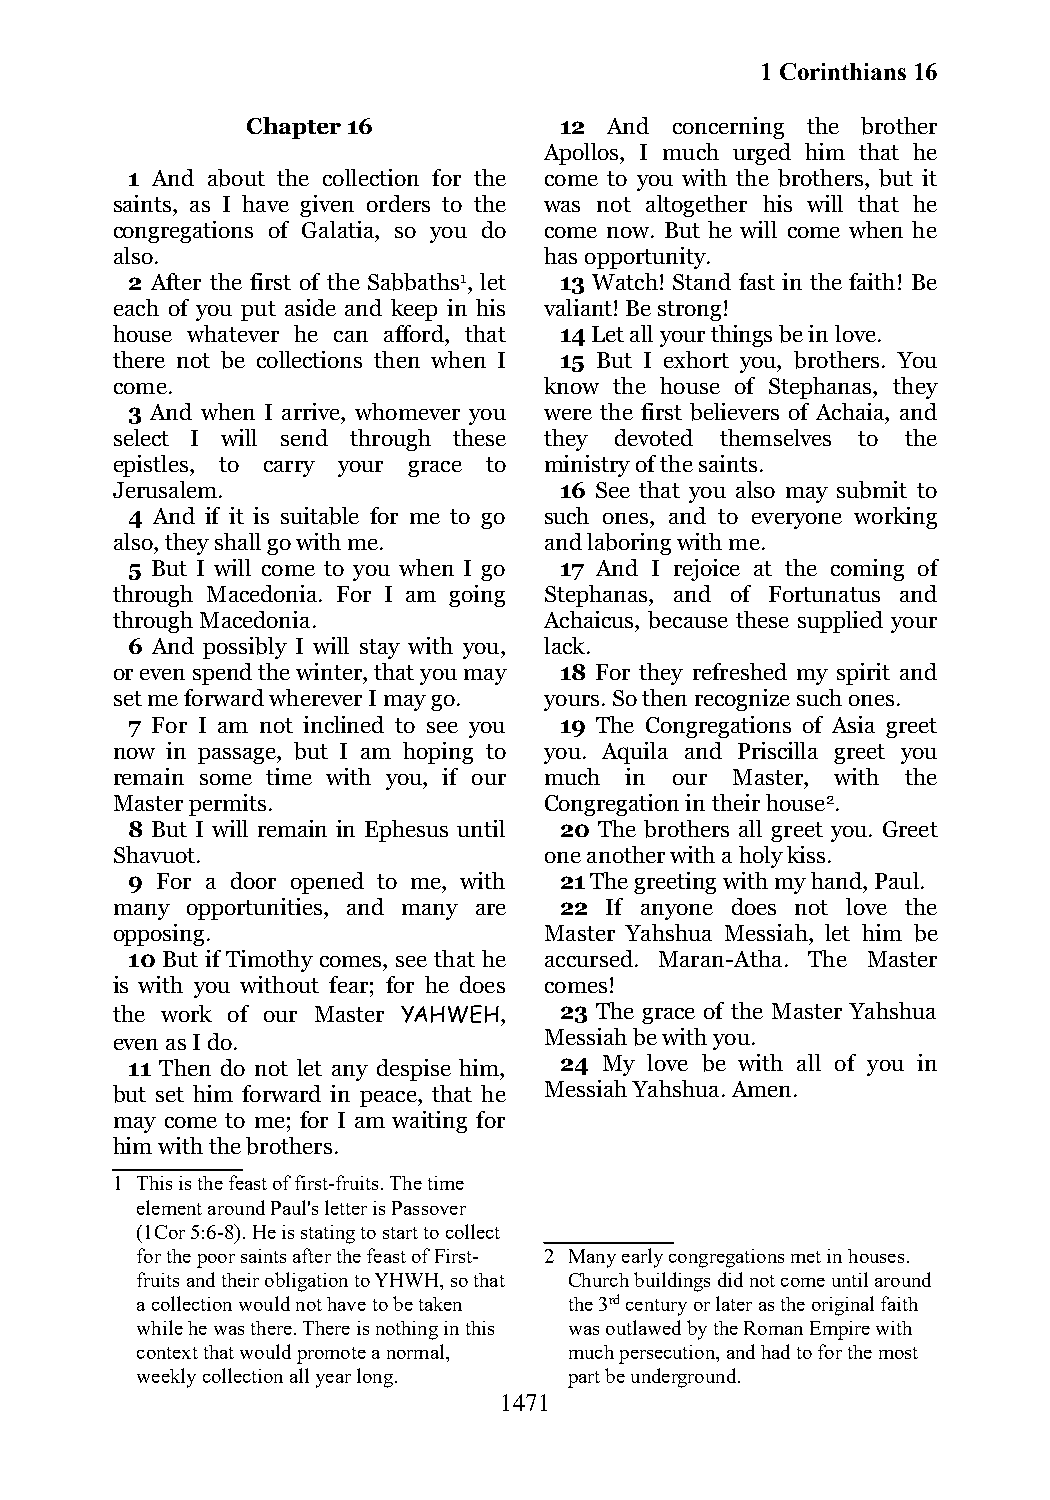
1 Corinthians 16
 Chapter 16           12 And concerning the brother
 Apollos, I much urged him that he
 1 And about the collection for the come to you with the brothers, but it
 saints, as I have given orders to the was not altogether his will that he
 congregations of Galatia, so you do come now. But he will come when he
 also.                        has opportunity.
 2 After the first of the Sabbaths1, let 13 Watch! Stand fast in the faith! Be
 each of you put aside and keep in his valiant! Be strong!
 house whatever he can afford, that 14 Let all your things be in love.
 there not be collections then when I 15 But I exhort you, brothers. You
 come.                        know the house of Stephanas, they
 3 And when I arrive, whomever you were the first believers of Achaia, and
 select I will send through these they devoted themselves to the
 epistles, to carry your grace to ministry of the saints.
 Jerusalem.                    16 See that you also may submit to
 4 And if it is suitable for me to go such ones, and to everyone working
 also, they shall go with me. and laboring with me.
 5 But I will come to you when I go 17 And I rejoice at the coming of
 through Macedonia. For I am going Stephanas, and of Fortunatus and
 through Macedonia.           Achaicus, because these supplied your
 6 And possibly I will stay with you, lack.
 or even spend the winter, that you may 18 For they refreshed my spirit and
 set me forward wherever I may go. yours. So then recognize such ones.
 7 For I am not inclined to see you 19 The Congregations of Asia greet
 now in passage, but I am hoping to you. Aquila and Priscilla greet you
 remain some time with you, if our much in our Master, with the
 Master permits.              Congregation in their house2.
 8 But I will remain in Ephesus until 20 The brothers all greet you. Greet
 Shavuot.                     one another with a holy kiss.
 9 For a door opened to me, with 21 The greeting with my hand, Paul.
 many opportunities, and many are 22 If anyone does not love the
 opposing.                    Master Yahshua Messiah, let him be
 10 But if Timothy comes, see that he accursed. Maran-Atha. The Master
 is with you without fear; for he does comes!
 the work of our Master YAHWEH, 23 The grace of the Master Yahshua
 even as I do.                Messiah be with you.
 11 Then do not let any despise him, 24 My love be with all of you in
 but set him forward in peace, that he Messiah Yahshua. Amen.
 may come to me; for I am waiting for
 him with the brothers.
 1 This is the feast of first-fruits. The time
 element around Paul's letter is Passover
 (1Cor 5:6-8). He is stating to start to collect
 for the poor saints after the feast of First- 2 Many early congregations met in houses.
 fruits and their obligation to YHWH, so that Church buildings did not come until around
 a collection would not have to be taken the 3rd century or later as the original faith
 while he was there. There is nothing in this was outlawed by the Roman Empire with
 context that would promote a normal, much persecution, and had to for the most
 weekly collection all year long. part be underground.
 1471